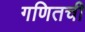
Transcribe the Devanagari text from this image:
गणितची